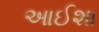
આઈશા